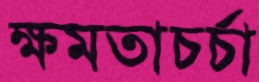
ক্ষমতাচর্চা